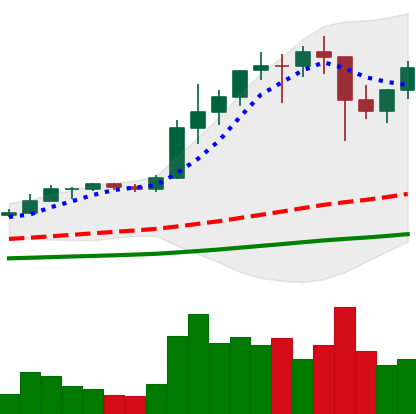
Ticker: ETH-USD
Chart end date: 2021-01-14
Forward return: 13.036%
Label: up_7plus